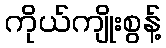
ကိုယ်ကျိုးစွန့်